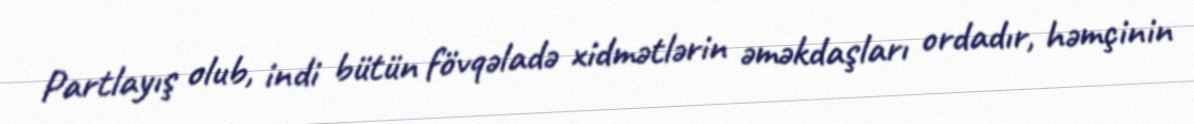
Partlayış olub, indi bütün fövqəladə xidmətlərin əməkdaşları ordadır, həmçinin